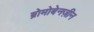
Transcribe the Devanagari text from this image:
ब्रोमोबेनज़ीन